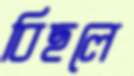
বিছলে